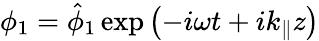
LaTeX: \phi_{1}=\hat{\phi}_{1}\exp\left(-i\omega t+ik_{\parallel}z\right)